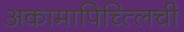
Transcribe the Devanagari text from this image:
अकामापिच्त्लिची